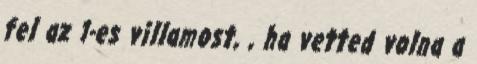
fel az 1-es villamost, , ha vetted volna a